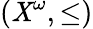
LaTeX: (\mathit{X}^{\omega},\leq)